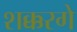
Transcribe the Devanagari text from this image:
शक्करगे